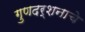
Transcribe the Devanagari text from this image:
गुणदर्शनाचे